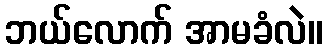
ဘယ်လောက် အာမခံလဲ။